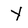
Character: Y